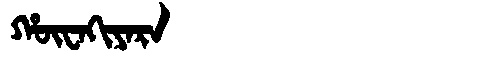
Manchu: ᡥᡡᠸᠠᡴᡳᠶᠠᡵᠠ
Romanization: HŪWAKIYARA